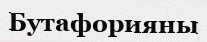
Бутафорияны